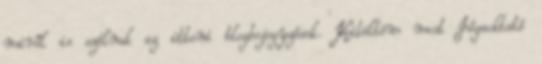
miről is szólnak az itteni blogbejegyzések. Kitöltöm most Jógaoktató